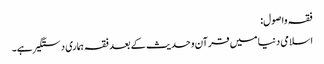
فقہ واصول:
اسلامی دنیا میں قرآن وحدیث کے بعد فقہ ہماری دستگیر ہے۔